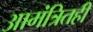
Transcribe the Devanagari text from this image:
आमंत्रितही